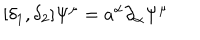
LaTeX: [ \delta _ { 1 } , \delta _ { 2 } ] \Psi ^ { \mu } = a ^ { \alpha } { \partial } _ { \alpha } \Psi ^ { \mu }